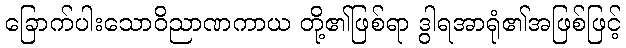
ခြောက်ပါးသောဝိညာဏကာယ တို့၏ဖြစ်ရာ ဒွါရအာရုံ၏အဖြစ်ဖြင့်